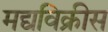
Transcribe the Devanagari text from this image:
मद्यविक्रीस